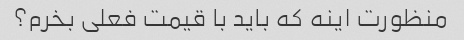
منظورت اینه که باید با قیمت فعلی بخرم؟